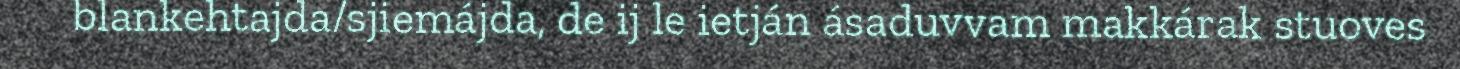
blankehtajda/sjiemájda, de ij le ietján ásaduvvam makkárak stuoves